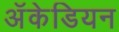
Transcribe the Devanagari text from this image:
अॅकेडियन